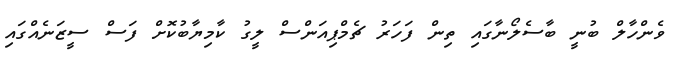
ވެންހާލް ބުނީ ބާސެލޯނާގައި ތިން ފަހަރު ޗެމްޕިއަންސް ލީގު ކާމިޔާބުކޮށް ފަސް ސީޒަނެއްގައި